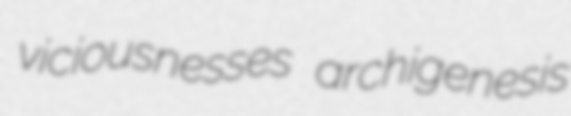
viciousnesses archigenesis